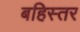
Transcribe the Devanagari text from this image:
बहिस्तर